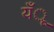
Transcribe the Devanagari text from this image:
यँू